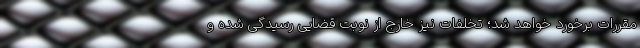
مقررات برخورد خواهد شد؛ تخلفات نیز خارج از نوبت قضایی رسیدگی شده و